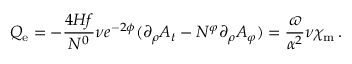
Q _ { \mathrm { e } } = - \frac { 4 H f } { N ^ { 0 } } \nu e ^ { - 2 \phi } ( \partial _ { \rho } A _ { t } - N ^ { \varphi } \partial _ { \rho } A _ { \varphi } ) = \frac { \varpi } { \alpha ^ { 2 } } \nu \chi _ { \mathrm { m } } \: .